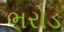
ભરોડ